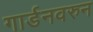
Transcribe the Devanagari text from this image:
गार्डनवरुन